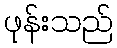
ဖုန်းသည်